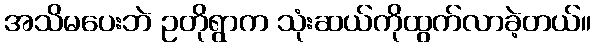
အသိမပေးဘဲ ဥတိုရွာက သုံးဆယ်ကိုထွက်လာခဲ့တယ်။